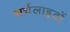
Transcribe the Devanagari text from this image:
सर्चलाइटों